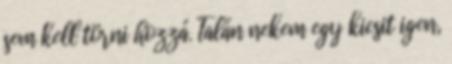
sem kell törni hozzá. Talán nekem egy kicsit igen,